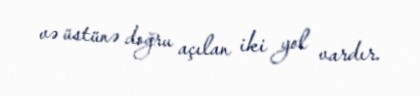
və üstünə doğru açılan iki yol vardır.